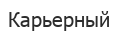
Карьерный